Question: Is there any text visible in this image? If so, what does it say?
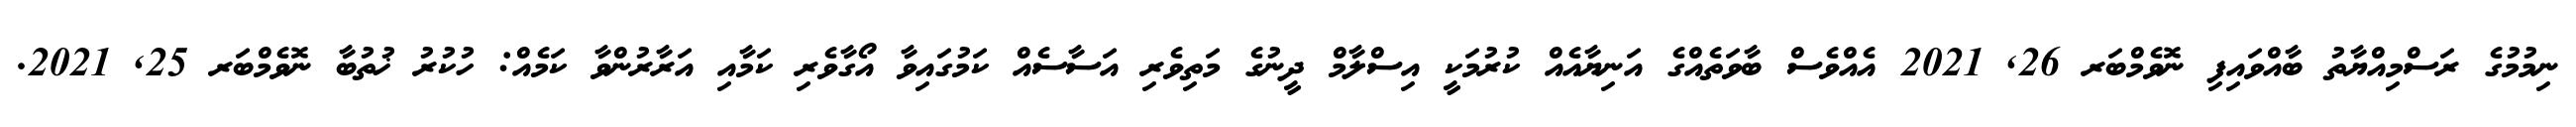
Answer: ނިމުމުގެ ރަސްމިއްޔާތު ބާއްވައިފި ނޮވެމްބަރ 26, 2021 އެއްވެސް ބާވަތެއްގެ އަނިޔާއެއް ކުރުމަކީ އިސްލާމް ދީނުގެ މަތިވެރި އަސާސެއް ކަމުގައިވާ އޯގާވެރި ކަމާއި އަރާރުންވާ ކަމެއް: ހުކުރު ޚުތުބާ ނޮވެމްބަރ 25, 2021.